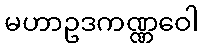
မဟာဥဒကဏ္ဏဝေါ